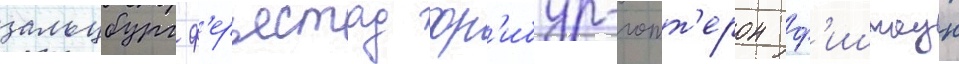
зальцбург ф'ерьестад фр'ибур-готт'ерон ф'иштаун